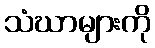
သံဃာများကို